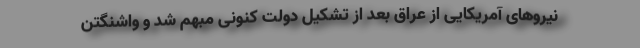
نیروهای آمریکایی از عراق بعد از تشکیل دولت کنونی مبهم شد و واشنگتن